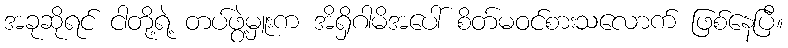
အခုဆိုရင် ငါတို့ရဲ့ တပ်ဖွဲ့မှူးက အိရှိဂါမိအပေါ် စိတ်မဝင်စားသလောက် ဖြစ်နေပြီ။